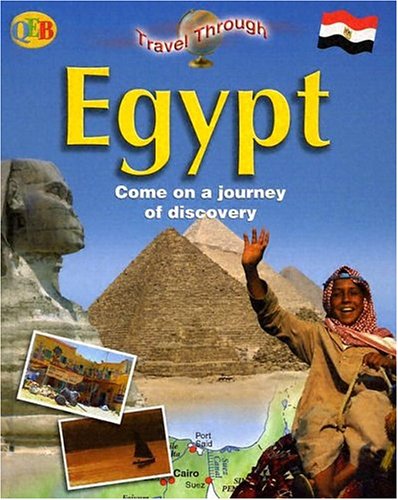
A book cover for Egypt: Come on a Journey of Discovery (Qeb Travel Through); Elaine Jackson; Teen & Young Adult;